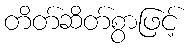
တိတ်ဆိတ်စွာဖြင့်